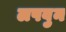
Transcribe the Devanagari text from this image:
लपवुन